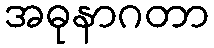
အဓုနာဂတာ